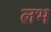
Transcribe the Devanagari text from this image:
लभ